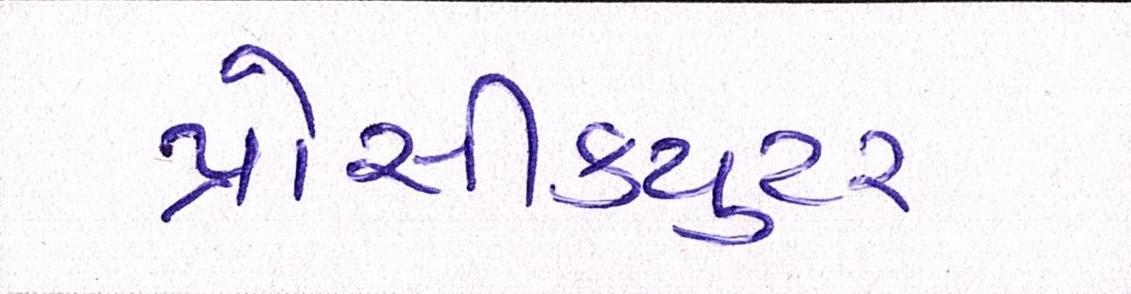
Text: પ્રોસીકયુટર